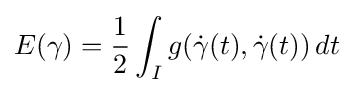
E(\gamma )={\frac {1}{2}}\int _{I}g({\dot {\gamma }}(t),{\dot {\gamma }}(t))\,dt